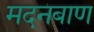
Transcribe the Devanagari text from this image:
मदनबाण